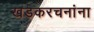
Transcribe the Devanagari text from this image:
खडकरचनांना